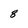
Character: 8